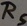
Text: RS